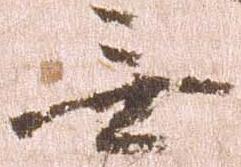
無